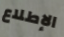
الإطلاع